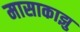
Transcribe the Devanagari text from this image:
मासाकाझु